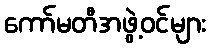
ကော်မတီအဖွဲ့ဝင်များ